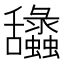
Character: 𦧽